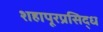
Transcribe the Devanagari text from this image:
शहापूरप्रसिद्ध